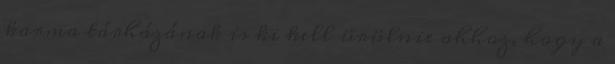
karma tárházának is ki kell ürülnie ahhoz, hogy a